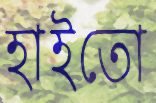
হাইতো